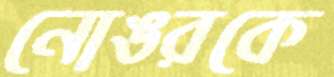
নোঙরকে